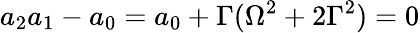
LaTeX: a_{2}a_{1}-a_{0}=a_{0}+\Gamma(\Omega^{2}+2\Gamma^{2})=0